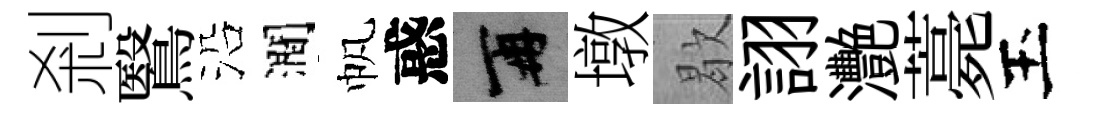
剎鷖沿澗帆惑再墩歇詡灧薧玉